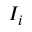
I _ { i }